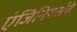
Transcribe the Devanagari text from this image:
एंजिनियर्सचे